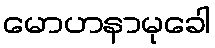
မောဟနာမုခေါ